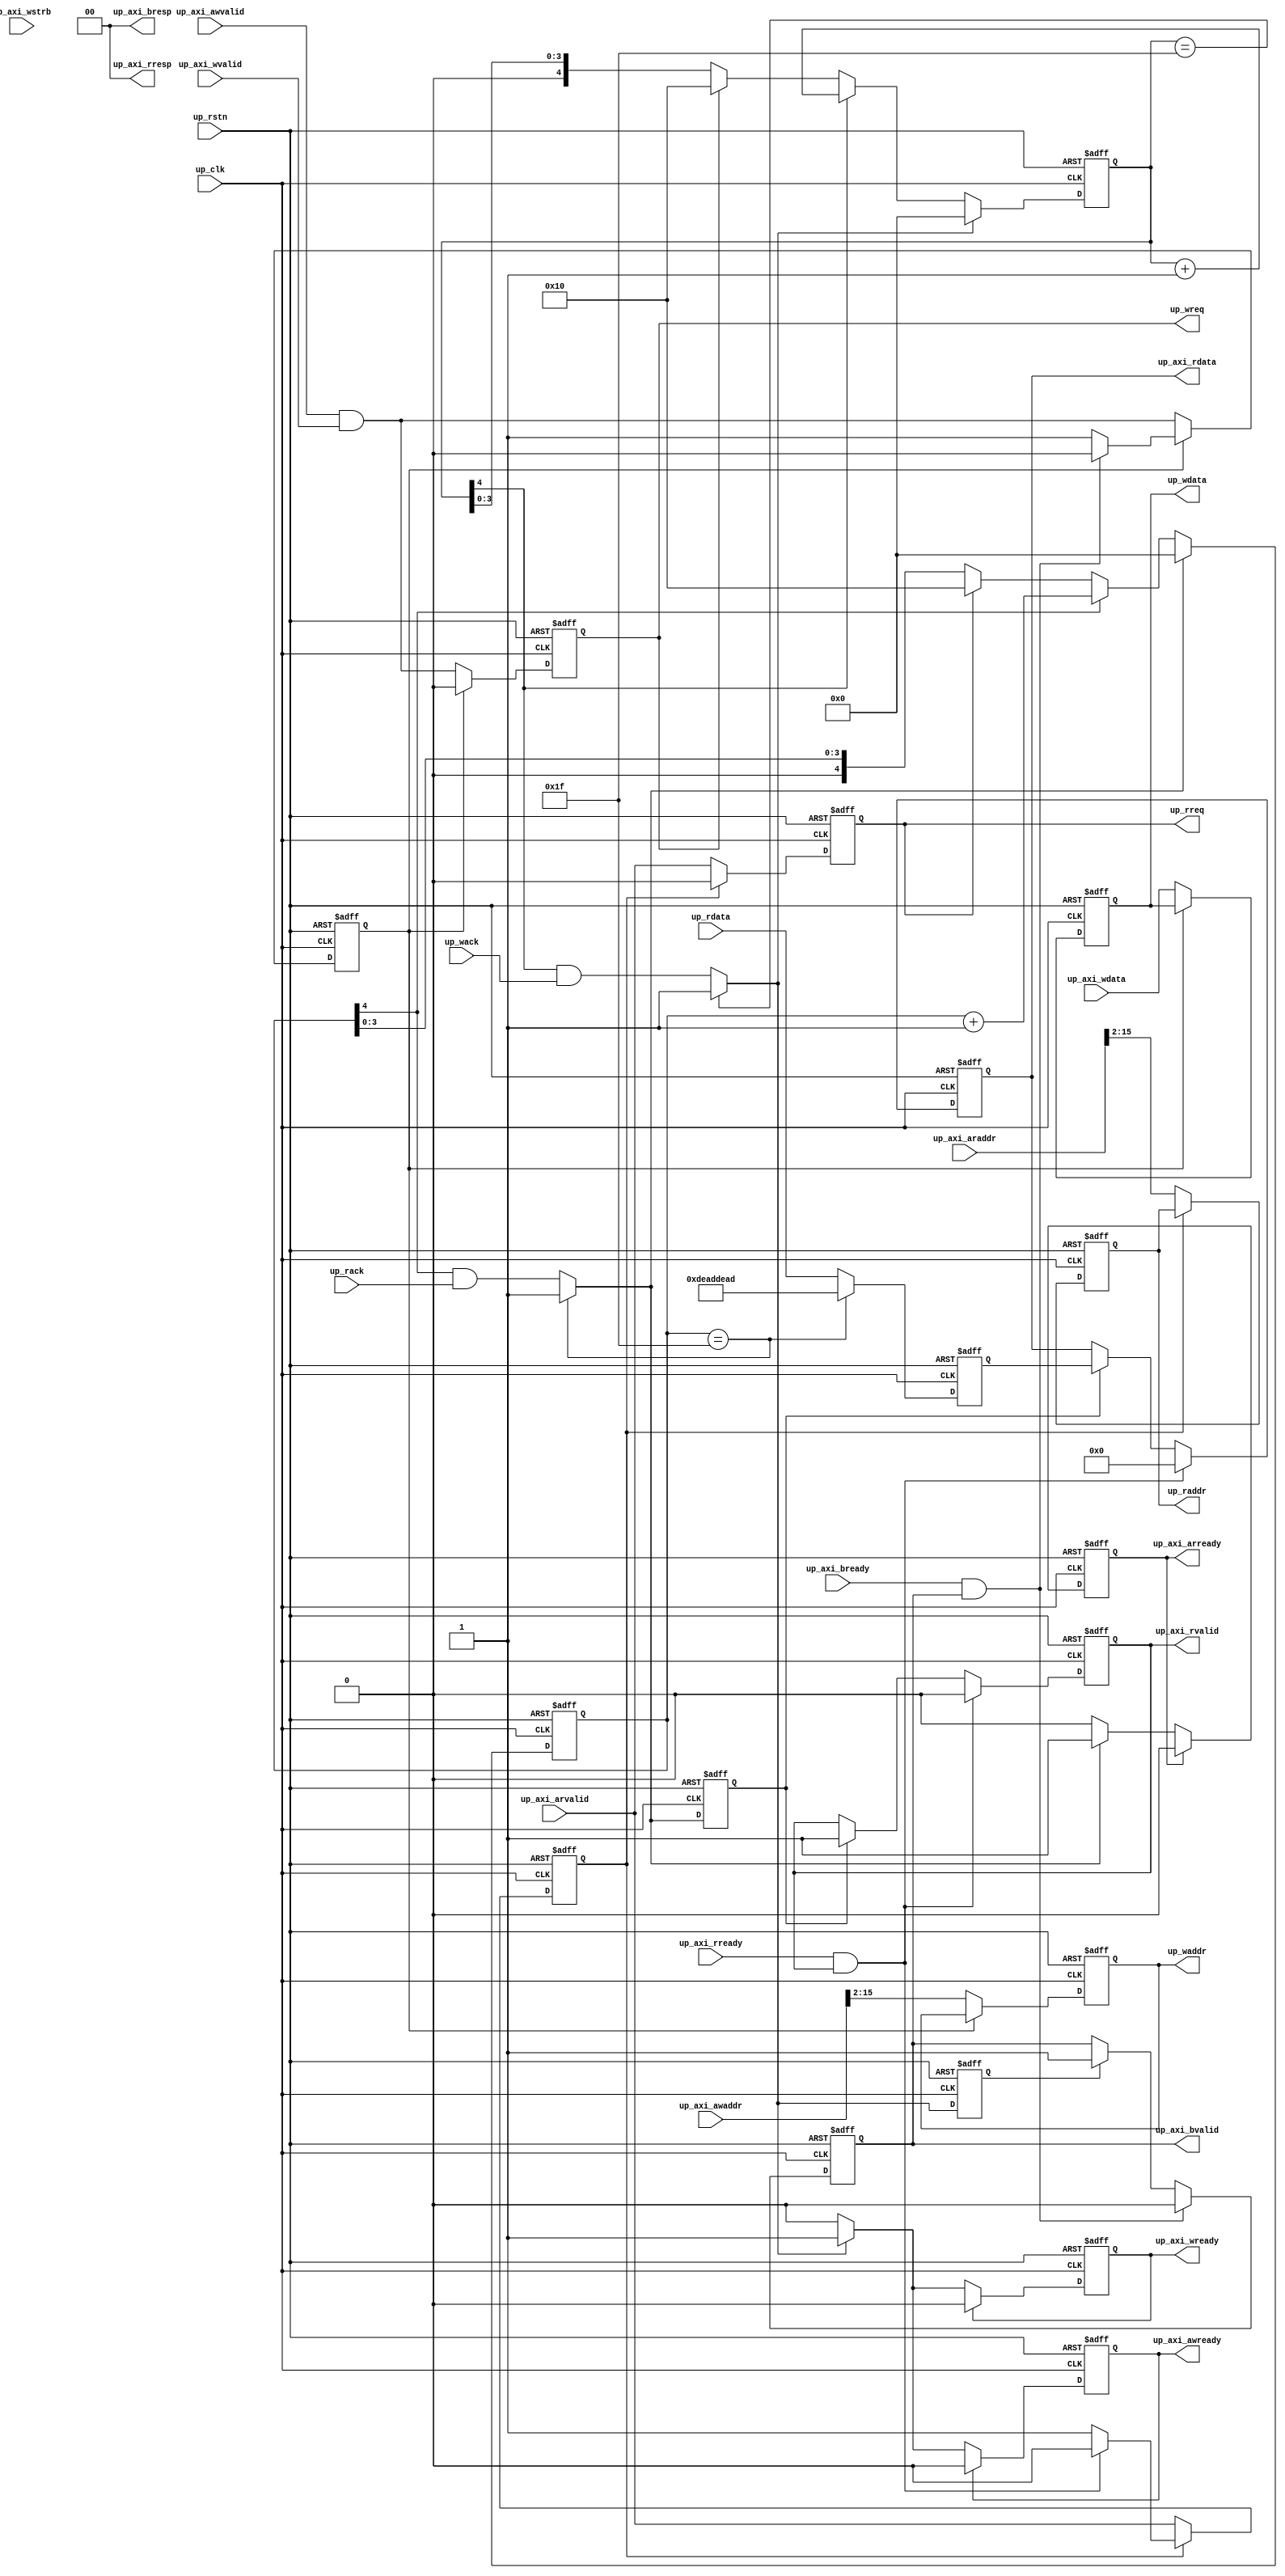
// ***************************************************************************
// ***************************************************************************
// Copyright 2011(c) Analog Devices, Inc.
//
// All rights reserved.
//
// Redistribution and use in source and binary forms, with or without modification,
// are permitted provided that the following conditions are met:
//     - Redistributions of source code must retain the above copyright
//       notice, this list of conditions and the following disclaimer.
//     - Redistributions in binary form must reproduce the above copyright
//       notice, this list of conditions and the following disclaimer in
//       the documentation and/or other materials provided with the
//       distribution.
//     - Neither the name of Analog Devices, Inc. nor the names of its
//       contributors may be used to endorse or promote products derived
//       from this software without specific prior written permission.
//     - The use of this software may or may not infringe the patent rights
//       of one or more patent holders.  This license does not release you
//       from the requirement that you obtain separate licenses from these
//       patent holders to use this software.
//     - Use of the software either in source or binary form, must be run
//       on or directly connected to an Analog Devices Inc. component.
//
// THIS SOFTWARE IS PROVIDED BY ANALOG DEVICES "AS IS" AND ANY EXPRESS OR IMPLIED WARRANTIES,
// INCLUDING, BUT NOT LIMITED TO, NON-INFRINGEMENT, MERCHANTABILITY AND FITNESS FOR A
// PARTICULAR PURPOSE ARE DISCLAIMED.
//
// IN NO EVENT SHALL ANALOG DEVICES BE LIABLE FOR ANY DIRECT, INDIRECT, INCIDENTAL, SPECIAL,
// EXEMPLARY, OR CONSEQUENTIAL DAMAGES (INCLUDING, BUT NOT LIMITED TO, INTELLECTUAL PROPERTY
// RIGHTS, PROCUREMENT OF SUBSTITUTE GOODS OR SERVICES; LOSS OF USE, DATA, OR PROFITS; OR
// BUSINESS INTERRUPTION) HOWEVER CAUSED AND ON ANY THEORY OF LIABILITY, WHETHER IN CONTRACT,
// STRICT LIABILITY, OR TORT (INCLUDING NEGLIGENCE OR OTHERWISE) ARISING IN ANY WAY OUT OF
// THE USE OF THIS SOFTWARE, EVEN IF ADVISED OF THE POSSIBILITY OF SUCH DAMAGE.
// ***************************************************************************
// ***************************************************************************

`timescale 1ns/100ps

module up_axi (

  // reset and clocks

  up_rstn,
  up_clk,

  // axi4 interface

  up_axi_awvalid,
  up_axi_awaddr,
  up_axi_awready,
  up_axi_wvalid,
  up_axi_wdata,
  up_axi_wstrb,
  up_axi_wready,
  up_axi_bvalid,
  up_axi_bresp,
  up_axi_bready,
  up_axi_arvalid,
  up_axi_araddr,
  up_axi_arready,
  up_axi_rvalid,
  up_axi_rresp,
  up_axi_rdata,
  up_axi_rready,

  // pcore interface

  up_wreq,
  up_waddr,
  up_wdata,
  up_wack,
  up_rreq,
  up_raddr,
  up_rdata,
  up_rack);

  // parameters

  parameter   ADDRESS_WIDTH = 14;
  localparam  AW = ADDRESS_WIDTH - 1;

  // reset and clocks

  input           up_rstn;
  input           up_clk;

  // axi4 interface

  input           up_axi_awvalid;
  input   [31:0]  up_axi_awaddr;
  output          up_axi_awready;
  input           up_axi_wvalid;
  input   [31:0]  up_axi_wdata;
  input   [ 3:0]  up_axi_wstrb;
  output          up_axi_wready;
  output          up_axi_bvalid;
  output  [ 1:0]  up_axi_bresp;
  input           up_axi_bready;
  input           up_axi_arvalid;
  input   [31:0]  up_axi_araddr;
  output          up_axi_arready;
  output          up_axi_rvalid;
  output  [ 1:0]  up_axi_rresp;
  output  [31:0]  up_axi_rdata;
  input           up_axi_rready;

  // pcore interface

  output          up_wreq;
  output  [AW:0]  up_waddr;
  output  [31:0]  up_wdata;
  input           up_wack;
  output          up_rreq;
  output  [AW:0]  up_raddr;
  input   [31:0]  up_rdata;
  input           up_rack;

  // internal registers

  reg             up_axi_awready = 'd0;
  reg             up_axi_wready = 'd0;
  reg             up_axi_bvalid = 'd0;
  reg             up_wack_d = 'd0;
  reg             up_wsel = 'd0;
  reg             up_wreq = 'd0;
  reg     [AW:0]  up_waddr = 'd0;
  reg     [31:0]  up_wdata = 'd0;
  reg     [ 4:0]  up_wcount = 'd0;
  reg             up_axi_arready = 'd0;
  reg             up_axi_rvalid = 'd0;
  reg     [31:0]  up_axi_rdata = 'd0;
  reg             up_rack_d = 'd0;
  reg     [31:0]  up_rdata_d = 'd0;
  reg             up_rsel = 'd0;
  reg             up_rreq = 'd0;
  reg     [AW:0]  up_raddr = 'd0;
  reg     [ 4:0]  up_rcount = 'd0;

  // internal signals

  wire            up_wack_s;
  wire            up_rack_s;
  wire    [31:0]  up_rdata_s;

  // write channel interface

  assign up_axi_bresp = 2'd0;

  always @(negedge up_rstn or posedge up_clk) begin
    if (up_rstn == 1'b0) begin
      up_axi_awready <= 'd0;
      up_axi_wready <= 'd0;
      up_axi_bvalid <= 'd0;
    end else begin
      if (up_axi_awready == 1'b1) begin
        up_axi_awready <= 1'b0;
      end else if (up_wack_s == 1'b1) begin
        up_axi_awready <= 1'b1;
      end
      if (up_axi_wready == 1'b1) begin
        up_axi_wready <= 1'b0;
      end else if (up_wack_s == 1'b1) begin
        up_axi_wready <= 1'b1;
      end
      if ((up_axi_bready == 1'b1) && (up_axi_bvalid == 1'b1)) begin
        up_axi_bvalid <= 1'b0;
      end else if (up_wack_d == 1'b1) begin
        up_axi_bvalid <= 1'b1;
      end
    end
  end

  assign up_wack_s = (up_wcount == 5'h1f) ? 1'b1 : (up_wcount[4] & up_wack);

  always @(negedge up_rstn or posedge up_clk) begin
    if (up_rstn == 1'b0) begin
      up_wack_d <= 'd0;
      up_wsel <= 'd0;
      up_wreq <= 'd0;
      up_waddr <= 'd0;
      up_wdata <= 'd0;
      up_wcount <= 'd0;
    end else begin
      up_wack_d <= up_wack_s;
      if (up_wsel == 1'b1) begin
        if ((up_axi_bready == 1'b1) && (up_axi_bvalid == 1'b1)) begin
          up_wsel <= 1'b0;
        end
        up_wreq <= 1'b0;
        up_waddr <= up_waddr;
        up_wdata <= up_wdata;
      end else begin
        up_wsel <= up_axi_awvalid & up_axi_wvalid;
        up_wreq <= up_axi_awvalid & up_axi_wvalid;
        up_waddr <= up_axi_awaddr[AW+2:2];
        up_wdata <= up_axi_wdata;
      end
      if (up_wack_s == 1'b1) begin
        up_wcount <= 5'h00;
      end else if (up_wcount[4] == 1'b1) begin
        up_wcount <= up_wcount + 1'b1;
      end else if (up_wreq == 1'b1) begin
        up_wcount <= 5'h10;
      end
    end
  end

  // read channel interface

  assign up_axi_rresp = 2'd0;

  always @(negedge up_rstn or posedge up_clk) begin
    if (up_rstn == 1'b0) begin
      up_axi_arready <= 'd0;
      up_axi_rvalid <= 'd0;
      up_axi_rdata <= 'd0;
    end else begin
      if (up_axi_arready == 1'b1) begin
        up_axi_arready <= 1'b0;
      end else if (up_rack_s == 1'b1) begin
        up_axi_arready <= 1'b1;
      end
      if ((up_axi_rready == 1'b1) && (up_axi_rvalid == 1'b1)) begin
        up_axi_rvalid <= 1'b0;
        up_axi_rdata <= 32'd0;
      end else if (up_rack_d == 1'b1) begin
        up_axi_rvalid <= 1'b1;
        up_axi_rdata <= up_rdata_d;
      end
    end
  end

  assign up_rack_s = (up_rcount == 5'h1f) ? 1'b1 : (up_rcount[4] & up_rack);
  assign up_rdata_s = (up_rcount == 5'h1f) ? {2{16'hdead}} : up_rdata;

  always @(negedge up_rstn or posedge up_clk) begin
    if (up_rstn == 1'b0) begin
      up_rack_d <= 'd0;
      up_rdata_d <= 'd0;
      up_rsel <= 'd0;
      up_rreq <= 'd0;
      up_raddr <= 'd0;
      up_rcount <= 'd0;
    end else begin
      up_rack_d <= up_rack_s;
      up_rdata_d <= up_rdata_s;
      if (up_rsel == 1'b1) begin
        if ((up_axi_rready == 1'b1) && (up_axi_rvalid == 1'b1)) begin
          up_rsel <= 1'b0;
        end
        up_rreq <= 1'b0;
        up_raddr <= up_raddr;
      end else begin
        up_rsel <= up_axi_arvalid;
        up_rreq <= up_axi_arvalid;
        up_raddr <= up_axi_araddr[AW+2:2];
      end
      if (up_rack_s == 1'b1) begin
        up_rcount <= 5'h00;
      end else if (up_rcount[4] == 1'b1) begin
        up_rcount <= up_rcount + 1'b1;
      end else if (up_rreq == 1'b1) begin
        up_rcount <= 5'h10;
      end
    end
  end

endmodule

// ***************************************************************************
// ***************************************************************************